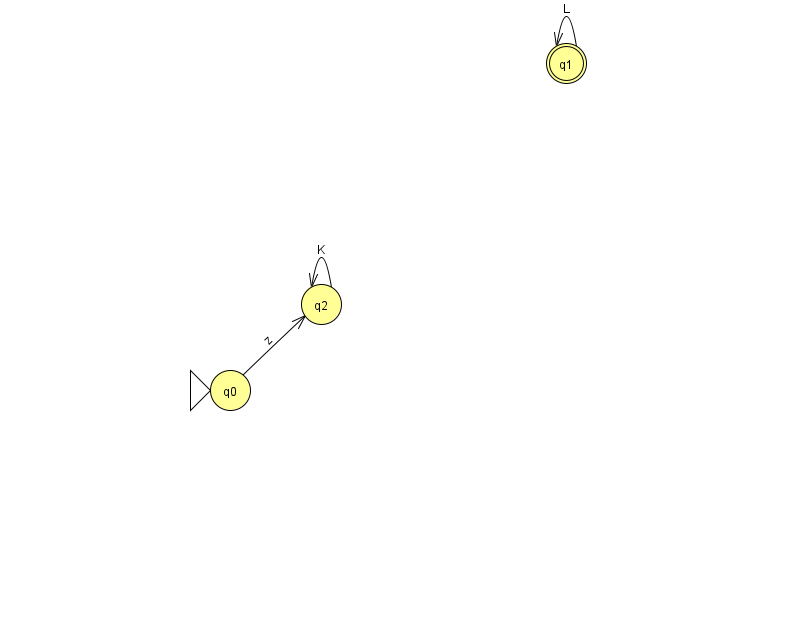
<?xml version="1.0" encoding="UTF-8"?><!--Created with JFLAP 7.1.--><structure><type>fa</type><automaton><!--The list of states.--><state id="0" name="q0"><x>230.0</x><y>377.0</y><initial/></state><state id="1" name="q1"><x>566.0</x><y>50.0</y><final/></state><state id="2" name="q2"><x>321.0</x><y>291.0</y></state><!--The list of transitions.--><transition><from>0</from><to>2</to><read>z</read></transition><transition><from>2</from><to>2</to><read>K</read></transition><transition><from>1</from><to>1</to><read>L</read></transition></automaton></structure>